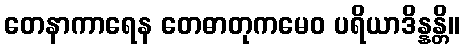
တေနာကာရေန တေဓာတုကမေဝ ပရိယာဒိန္နန္တိ။